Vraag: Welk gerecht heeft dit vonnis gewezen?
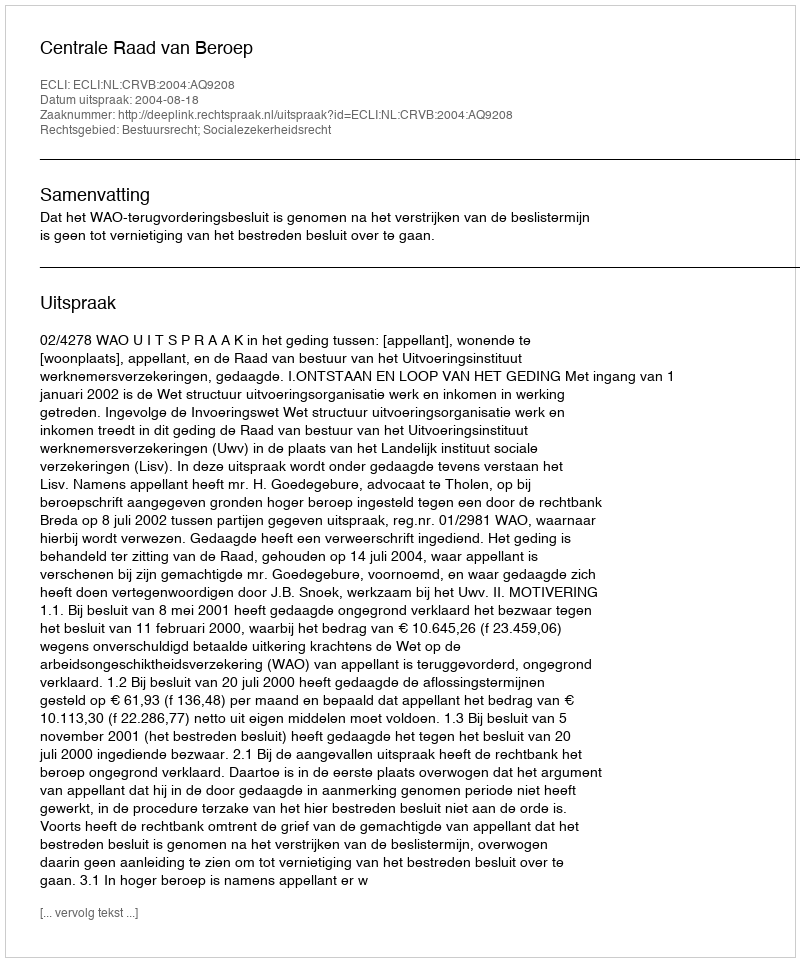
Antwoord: Centrale Raad van Beroep